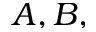
A , B ,